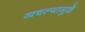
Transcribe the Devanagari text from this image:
खचल्यामुळे